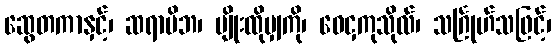
ဆွေတကာနှင့်၊ ဆရာမိဘ၊ မျိုးထိုမျှကို၊ ဝေငှကုသိုလ်၊ သင်္ဂြုဟ်သဖြင့်၊